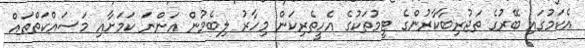
އެކަމުގައި ބޭރުގެ ތަޖުރިބާކާރުންގެ ޓީމުތަކުގެ އެހީތެރިކަން މިހާރު ލިބެމުން އަންނަ ކަމަށާއި މަސައްކަތްތައް